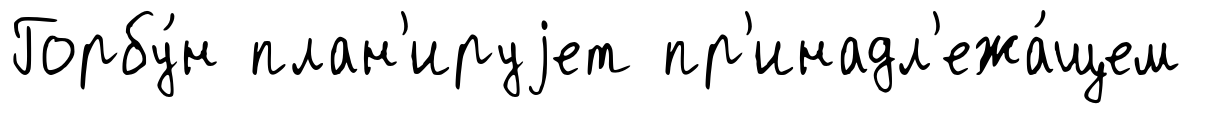
Горбу́н план'ируjет пр'инадл'ежа́щем